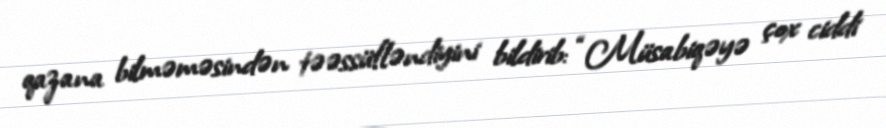
qazana bilməməsindən təəssüfləndiyini bildirib: “Müsabiqəyə çox ciddi